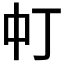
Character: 𬻳